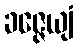
ခဇ္ဇေယျံ